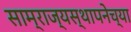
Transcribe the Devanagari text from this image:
साम्राज्यस्थापनेच्या